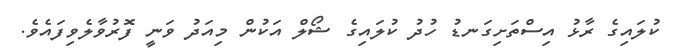
ކުލައިގެ ރާޅު އިސްތަށިގަނޑު ހުދު ކުލައިގެ ޝޯލް އަކުން މިއަދު ވަނީ ފޮރުވާލެވިފައެވެ.